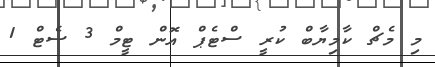
މި މެޗް ކާމިޔާބް ކުރީ ސްޓެޕް އޮން ޓީމް 3 ސެޓް 1